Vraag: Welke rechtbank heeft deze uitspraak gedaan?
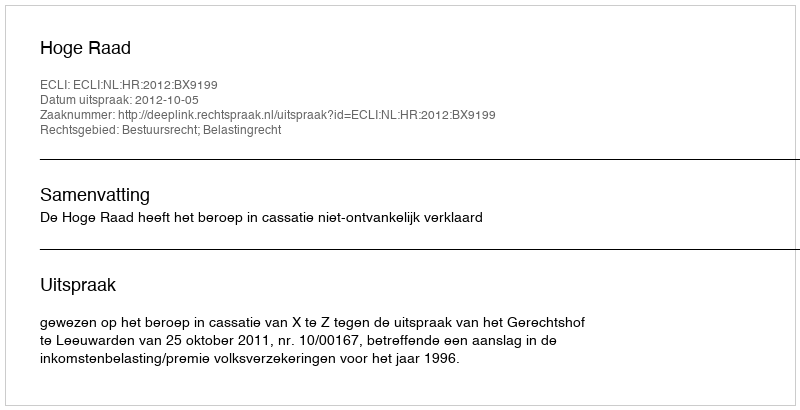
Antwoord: Hoge Raad